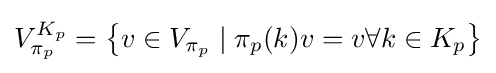
V_{\pi _{p}}^{K_{p}}=\left\{v\in V_{\pi _{p}}\mid \pi _{p}(k)v=v\forall k\in K_{p}\right\}